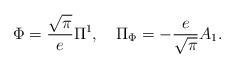
\begin{align*}\Phi={\sqrt\pi\over e}\Pi^1,~~~\Pi_\Phi=-{e\over\sqrt\pi}A_1.\end{align*}